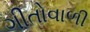
ગીતોવાળી